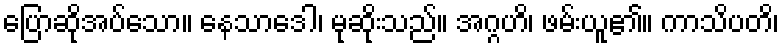
ပြောဆိုအပ်သော။ နေသာဒေါ၊ မုဆိုးသည်။ အဂ္ဂဟိ၊ ဖမ်းယူ၏။ ကာသိပတိ၊